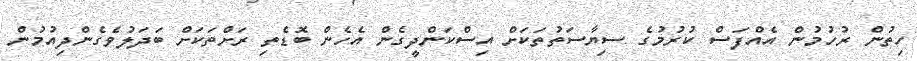
ހިތުން ރުހުމުން އެއްފަސް ކުރުމުގެ ސިޔާސަތުތަކަށް އިސްކަންދީގެން އެހެން ބޮޑެތި ރަށްތަަކަށް ބަދަލުވެގެންދިއުމުން